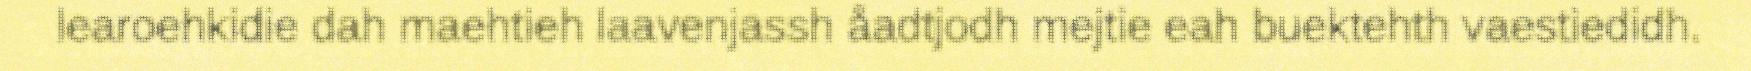
learoehkidie dah maehtieh laavenjassh åadtjodh mejtie eah buektehth vaestiedidh.